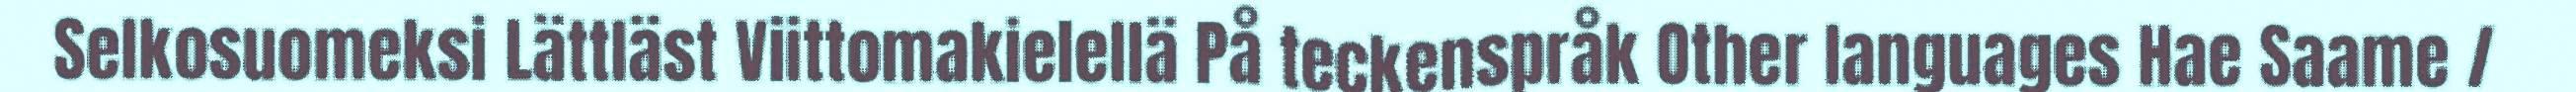
Selkosuomeksi Lättläst Viittomakielellä På teckenspråk Other languages Hae Saame /